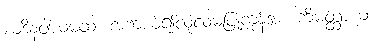
ယဒိနဝါယမထ၊ အကယ်၍လုံ့လမပြုကုန်အံ့။ ကိမတ္ထာယ၊